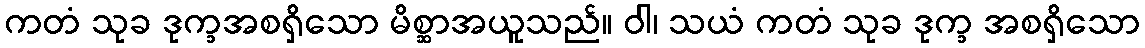
ကတံ သုခ ဒုက္ခအစရှိသော မိစ္ဆာအယူသည်။ ဝါ၊ သယံ ကတံ သုခ ဒုက္ခ အစရှိသော